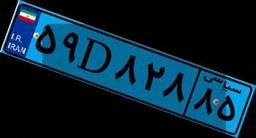
۵۵D۵۰۸۷۷